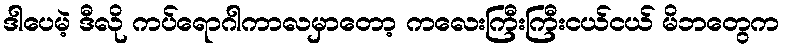
ဒါပေမဲ့ ဒီလို ကပ်ရောဂါကာလမှာတော့ ကလေးကြီးကြီးငယ်ငယ် မိဘတွေက